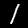
Label: 1